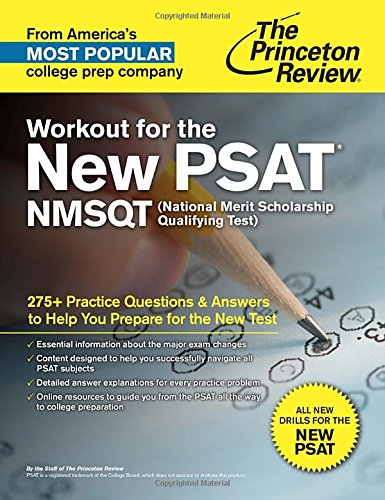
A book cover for Workout for the New PSAT/NMSQT: 275+ Practice Questions & Answers to Help You Prepare for the New Test (College Test Preparation); Princeton Review; Test Preparation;